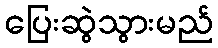
ပြေးဆွဲသွားမည်